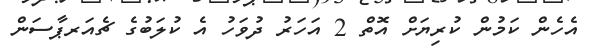
އެހެން ކަމުން ކުރިޔަށް އޮތް 2 އަހަރު ދުވަހު އެ ކުލަބުގެ ޗެއަރޕާސަން